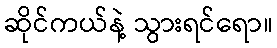
ဆိုင်ကယ်နဲ့ သွားရင်ရော။